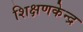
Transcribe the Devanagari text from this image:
शिक्षणकेन्द्र